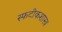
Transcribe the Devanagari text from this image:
स्फटीकशास्त्र